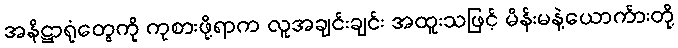
အနိဋ္ဌာရုံတွေကို ကုစားဖို့ရာက လူအချင်းချင်း အထူးသဖြင့် မိန်းမနဲ့ယောက်ားတို့